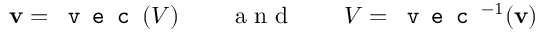
\mathbf { v } = \texttt { v e c } ( V ) \quad \quad \mathrm { ~ a ~ n ~ d ~ } \quad \quad V = \texttt { v e c } ^ { - 1 } ( \mathbf { v } )